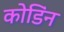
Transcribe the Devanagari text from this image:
कोडिंन